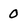
Character: 0